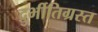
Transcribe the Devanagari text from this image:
दुर्भीतिग्रस्त